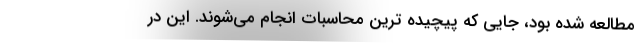
مطالعه شده بود، جایی که پیچیده ترین محاسبات انجام می‌شوند. این در